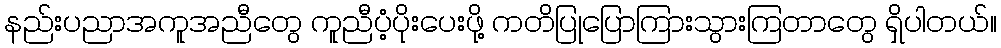
နည်းပညာအကူအညီတွေ ကူညီပံ့ပိုးပေးဖို့ ကတိပြုပြောကြားသွားကြတာတွေ ရှိပါတယ်။